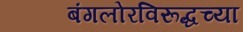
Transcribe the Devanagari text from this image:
बंगलोरविरूद्धच्या